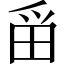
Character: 𪽋